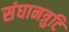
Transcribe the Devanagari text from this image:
संघानत्रुटि